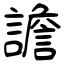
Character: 譫